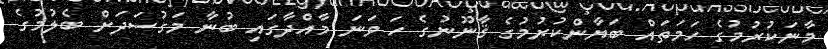
މާނަކުރުމުގެ ހަމަތައް ބަޔާންކުރުމުގެ ޤާނޫނުގެ ހަ ވަނަ މާއްދާގައި ބުނާ މަގުސަދަށް ބެލުމުގެ